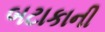
બટાકાની